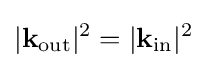
|\mathbf {k} _{\mathrm {out} }|^{2}=|\mathbf {k} _{\mathrm {in} }|^{2}